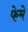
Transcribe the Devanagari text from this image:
फेमे